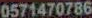
0571470786